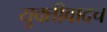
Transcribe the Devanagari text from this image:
युक्तीवादच